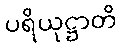
ပရိယုဋ္ဌာတိ